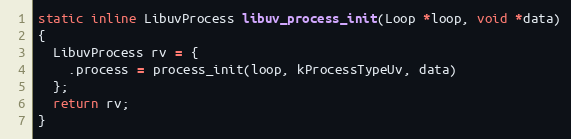
Language: C
static inline LibuvProcess libuv_process_init(Loop *loop, void *data)
{
  LibuvProcess rv = {
    .process = process_init(loop, kProcessTypeUv, data)
  };
  return rv;
}